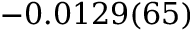
- 0 . 0 1 2 9 ( 6 5 )